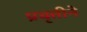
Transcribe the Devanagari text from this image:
प्रवृत्तीने